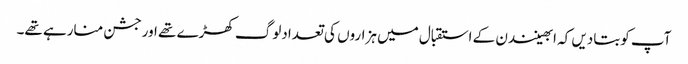
آپ کوبتادیں کہ ابھینندن کے استقبال میں ہزاروں کی تعدادلوگ کھڑے تھے اورجشن منارہے تھے۔